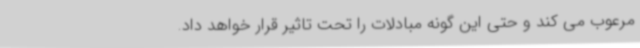
مرعوب می کند و حتی این گونه مبادلات را تحت تاثیر قرار خواهد داد.